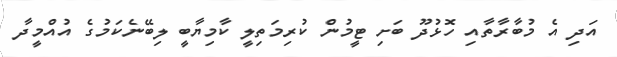
އަދި އެ މުބާރާތާއި ހޮޅުދޫ ބަށި ޓީމުން ކުރިމަތިލީ ކާމިޔާބީ ލިބޭނެކަމުގެ އުއްމީދާ